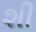
શી